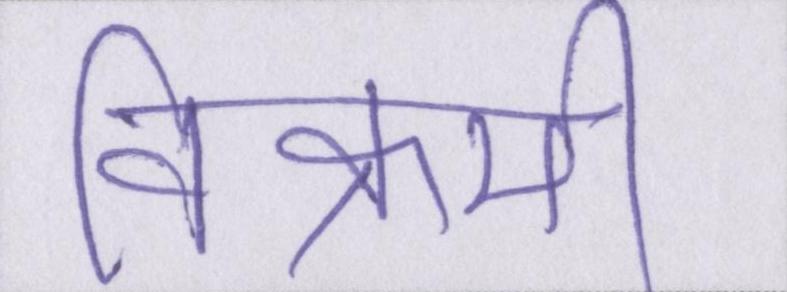
विक्रमी